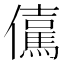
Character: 𭀇